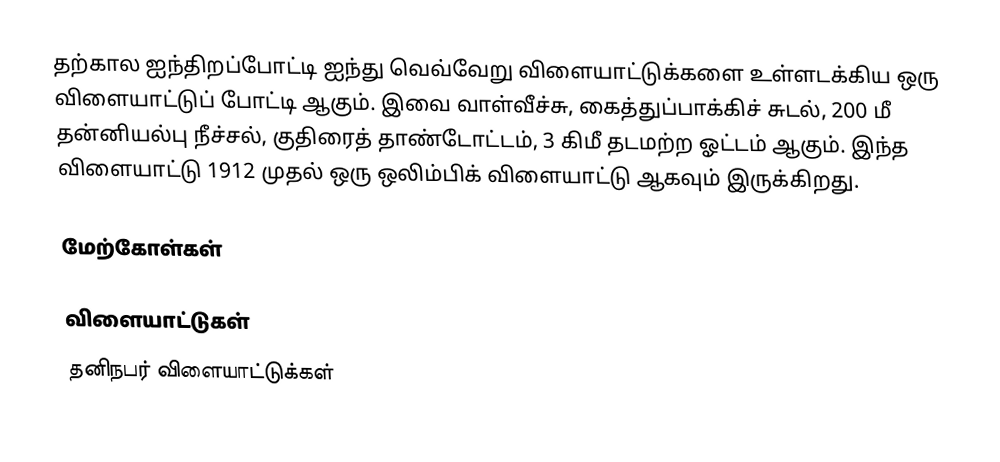
தற்கால ஐந்திறப்போட்டி ஐந்து வெவ்வேறு விளையாட்டுக்களை உள்ளடக்கிய ஒரு விளையாட்டுப் போட்டி ஆகும். இவை வாள்வீச்சு, கைத்துப்பாக்கிச் சுடல், 200 மீ தன்னியல்பு நீச்சல், குதிரைத் தாண்டோட்டம், 3 கிமீ தடமற்ற ஓட்டம் ஆகும். இந்த விளையாட்டு 1912 முதல் ஒரு ஒலிம்பிக் விளையாட்டு ஆகவும் இருக்கிறது.

மேற்கோள்கள்

விளையாட்டுகள்
தனிநபர் விளையாட்டுக்கள்